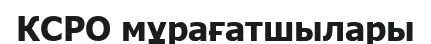
КСРО мұрағатшылары